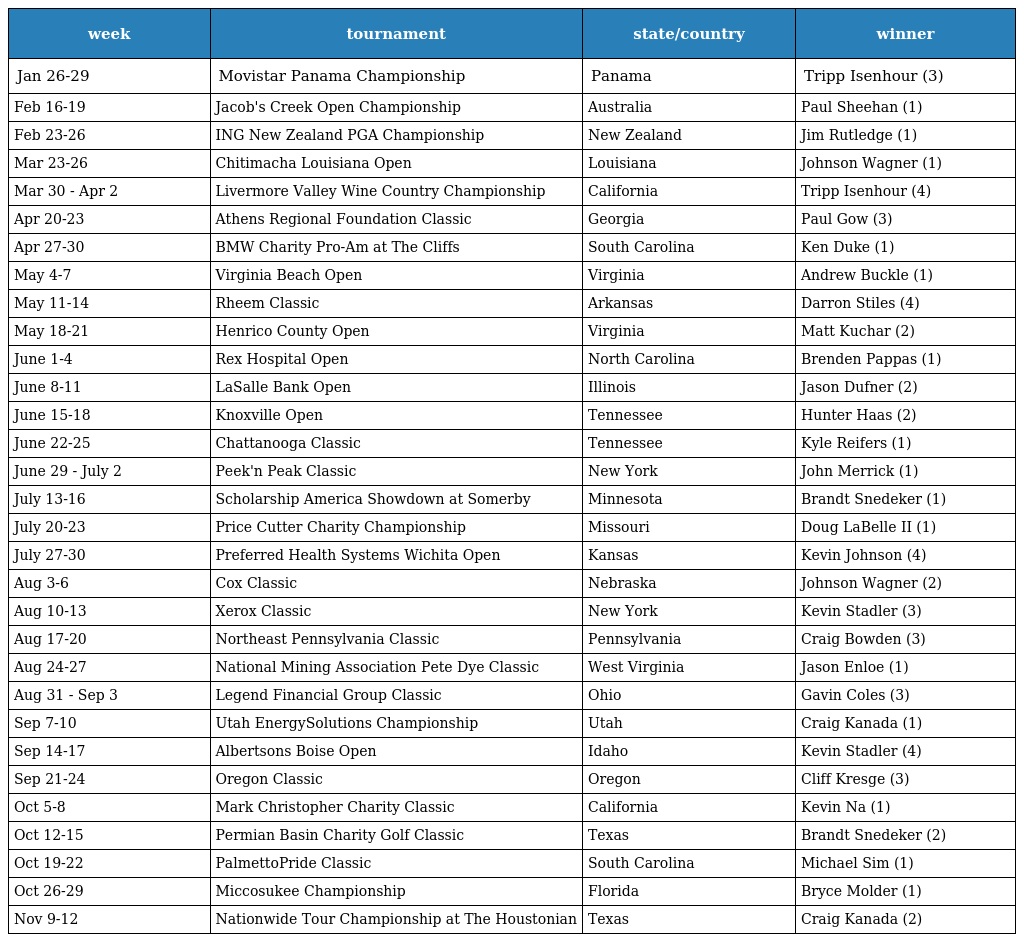
| week | tournament | state/country | winner |
 | --- | --- | --- | --- |
 | Jan 26-29 | Movistar Panama Championship | Panama | Tripp Isenhour (3) |
 | Feb 16-19 | Jacob's Creek Open Championship | Australia | Paul Sheehan (1) |
 | Feb 23-26 | ING New Zealand PGA Championship | New Zealand | Jim Rutledge (1) |
 | Mar 23-26 | Chitimacha Louisiana Open | Louisiana | Johnson Wagner (1) |
 | Mar 30 - Apr 2 | Livermore Valley Wine Country Championship | California | Tripp Isenhour (4) |
 | Apr 20-23 | Athens Regional Foundation Classic | Georgia | Paul Gow (3) |
 | Apr 27-30 | BMW Charity Pro-Am at The Cliffs | South Carolina | Ken Duke (1) |
 | May 4-7 | Virginia Beach Open | Virginia | Andrew Buckle (1) |
 | May 11-14 | Rheem Classic | Arkansas | Darron Stiles (4) |
 | May 18-21 | Henrico County Open | Virginia | Matt Kuchar (2) |
 | June 1-4 | Rex Hospital Open | North Carolina | Brenden Pappas (1) |
 | June 8-11 | LaSalle Bank Open | Illinois | Jason Dufner (2) |
 | June 15-18 | Knoxville Open | Tennessee | Hunter Haas (2) |
 | June 22-25 | Chattanooga Classic | Tennessee | Kyle Reifers (1) |
 | June 29 - July 2 | Peek'n Peak Classic | New York | John Merrick (1) |
 | July 13-16 | Scholarship America Showdown at Somerby | Minnesota | Brandt Snedeker (1) |
 | July 20-23 | Price Cutter Charity Championship | Missouri | Doug LaBelle II (1) |
 | July 27-30 | Preferred Health Systems Wichita Open | Kansas | Kevin Johnson (4) |
 | Aug 3-6 | Cox Classic | Nebraska | Johnson Wagner (2) |
 | Aug 10-13 | Xerox Classic | New York | Kevin Stadler (3) |
 | Aug 17-20 | Northeast Pennsylvania Classic | Pennsylvania | Craig Bowden (3) |
 | Aug 24-27 | National Mining Association Pete Dye Classic | West Virginia | Jason Enloe (1) |
 | Aug 31 - Sep 3 | Legend Financial Group Classic | Ohio | Gavin Coles (3) |
 | Sep 7-10 | Utah EnergySolutions Championship | Utah | Craig Kanada (1) |
 | Sep 14-17 | Albertsons Boise Open | Idaho | Kevin Stadler (4) |
 | Sep 21-24 | Oregon Classic | Oregon | Cliff Kresge (3) |
 | Oct 5-8 | Mark Christopher Charity Classic | California | Kevin Na (1) |
 | Oct 12-15 | Permian Basin Charity Golf Classic | Texas | Brandt Snedeker (2) |
 | Oct 19-22 | PalmettoPride Classic | South Carolina | Michael Sim (1) |
 | Oct 26-29 | Miccosukee Championship | Florida | Bryce Molder (1) |
 | Nov 9-12 | Nationwide Tour Championship at The Houstonian | Texas | Craig Kanada (2) |